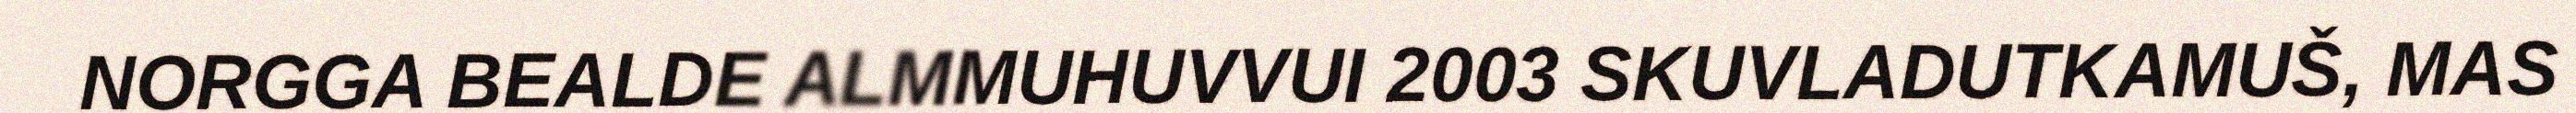
NORGGA BEALDE ALMMUHUVVUI 2003 SKUVLADUTKAMUŠ, MAS